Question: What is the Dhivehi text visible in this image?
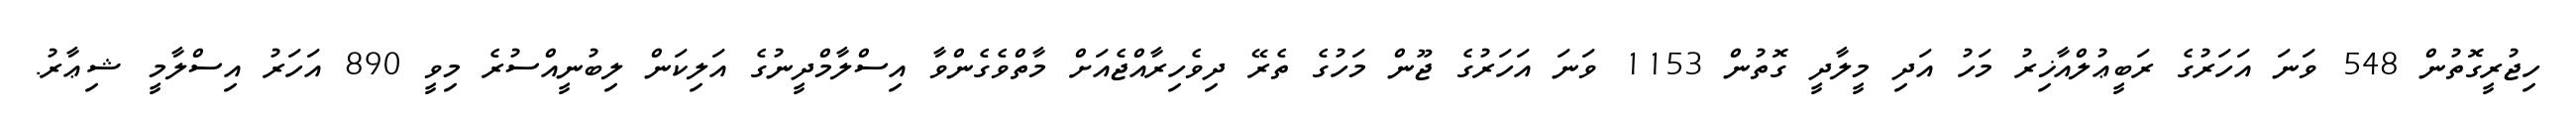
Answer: ހިޖުރީގޮތުން 548 ވަނަ އަހަރުގެ ރަބީޢުލްއާޚިރު މަހު އަދި މީލާދީ ގޮތުން 1153 ވަނަ އަހަރުގެ ޖޫން މަހުގެ ތެރޭ ދިވެހިރާއްޖެއަށް މާތްވެގެންވާ އިސްލާމްދީނުގެ އަލިކަން ލިބުނީއްސުރެ މިވީ 890 އަހަރު އިސްލާމީ ޝިޢާރު.